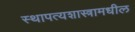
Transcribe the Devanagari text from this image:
स्थापत्यशास्त्रामधील